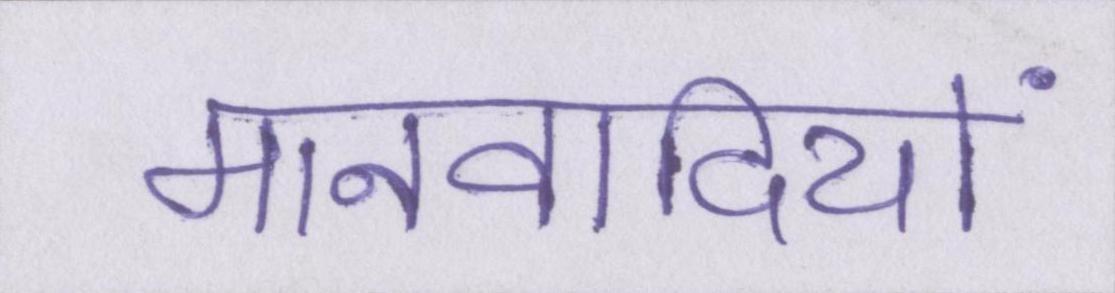
मानवादियों